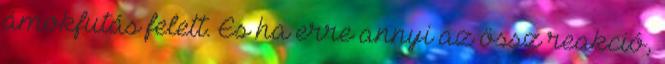
ámokfutás felett. És ha erre annyi az össz reakció,